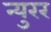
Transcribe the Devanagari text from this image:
न्युरर